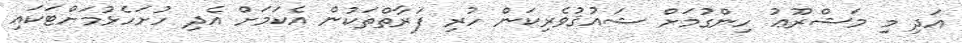
އަދި މި މަޝްރޫޢު ހިންގުމަށް ޝައުޤުވެރިކަން ހުރި ފަރާތްތަކުން އެކަމަށް އެދި ހުށަހެޅުމަށްޓަކައި